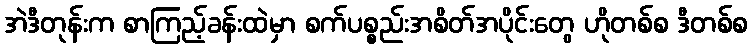
အဲဒီတုန်းက စာကြည့်ခန်းထဲမှာ စက်ပစ္စည်းအစိတ်အပိုင်းတွေ ဟိုတစ်စ ဒီတစ်စ